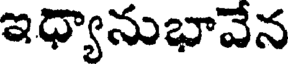
ఇధ్యానుభావేన